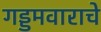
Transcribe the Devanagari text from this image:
गड्डमवाराचे